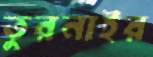
তুরনাইর